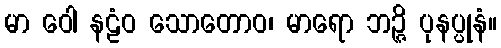
မာ ဝေါ နဠံဝ သောတောဝ၊ မာရော ဘဉ္ဇိ ပုနပ္ပုနံ။